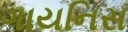
ગાયનિસ